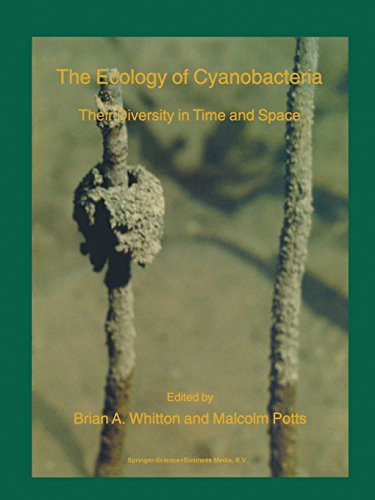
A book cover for The Ecology of Cyanobacteria: Their Diversity in Time and Space; Medical Books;